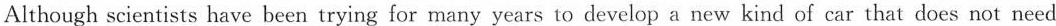
Although scientists have been trying for many years to develop a new kind of car that does not need